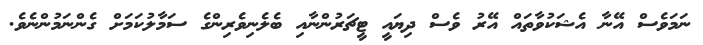
ނަމަވެސް އޭނާ އެޝަކުވާތައް އޭރު ވެސް ދިޔައީ ޓީޗަރުންނާއި ބެލެނިވެރިންގެ ސަމާލުކަމަށް ގެންނަމުންނެވެ.